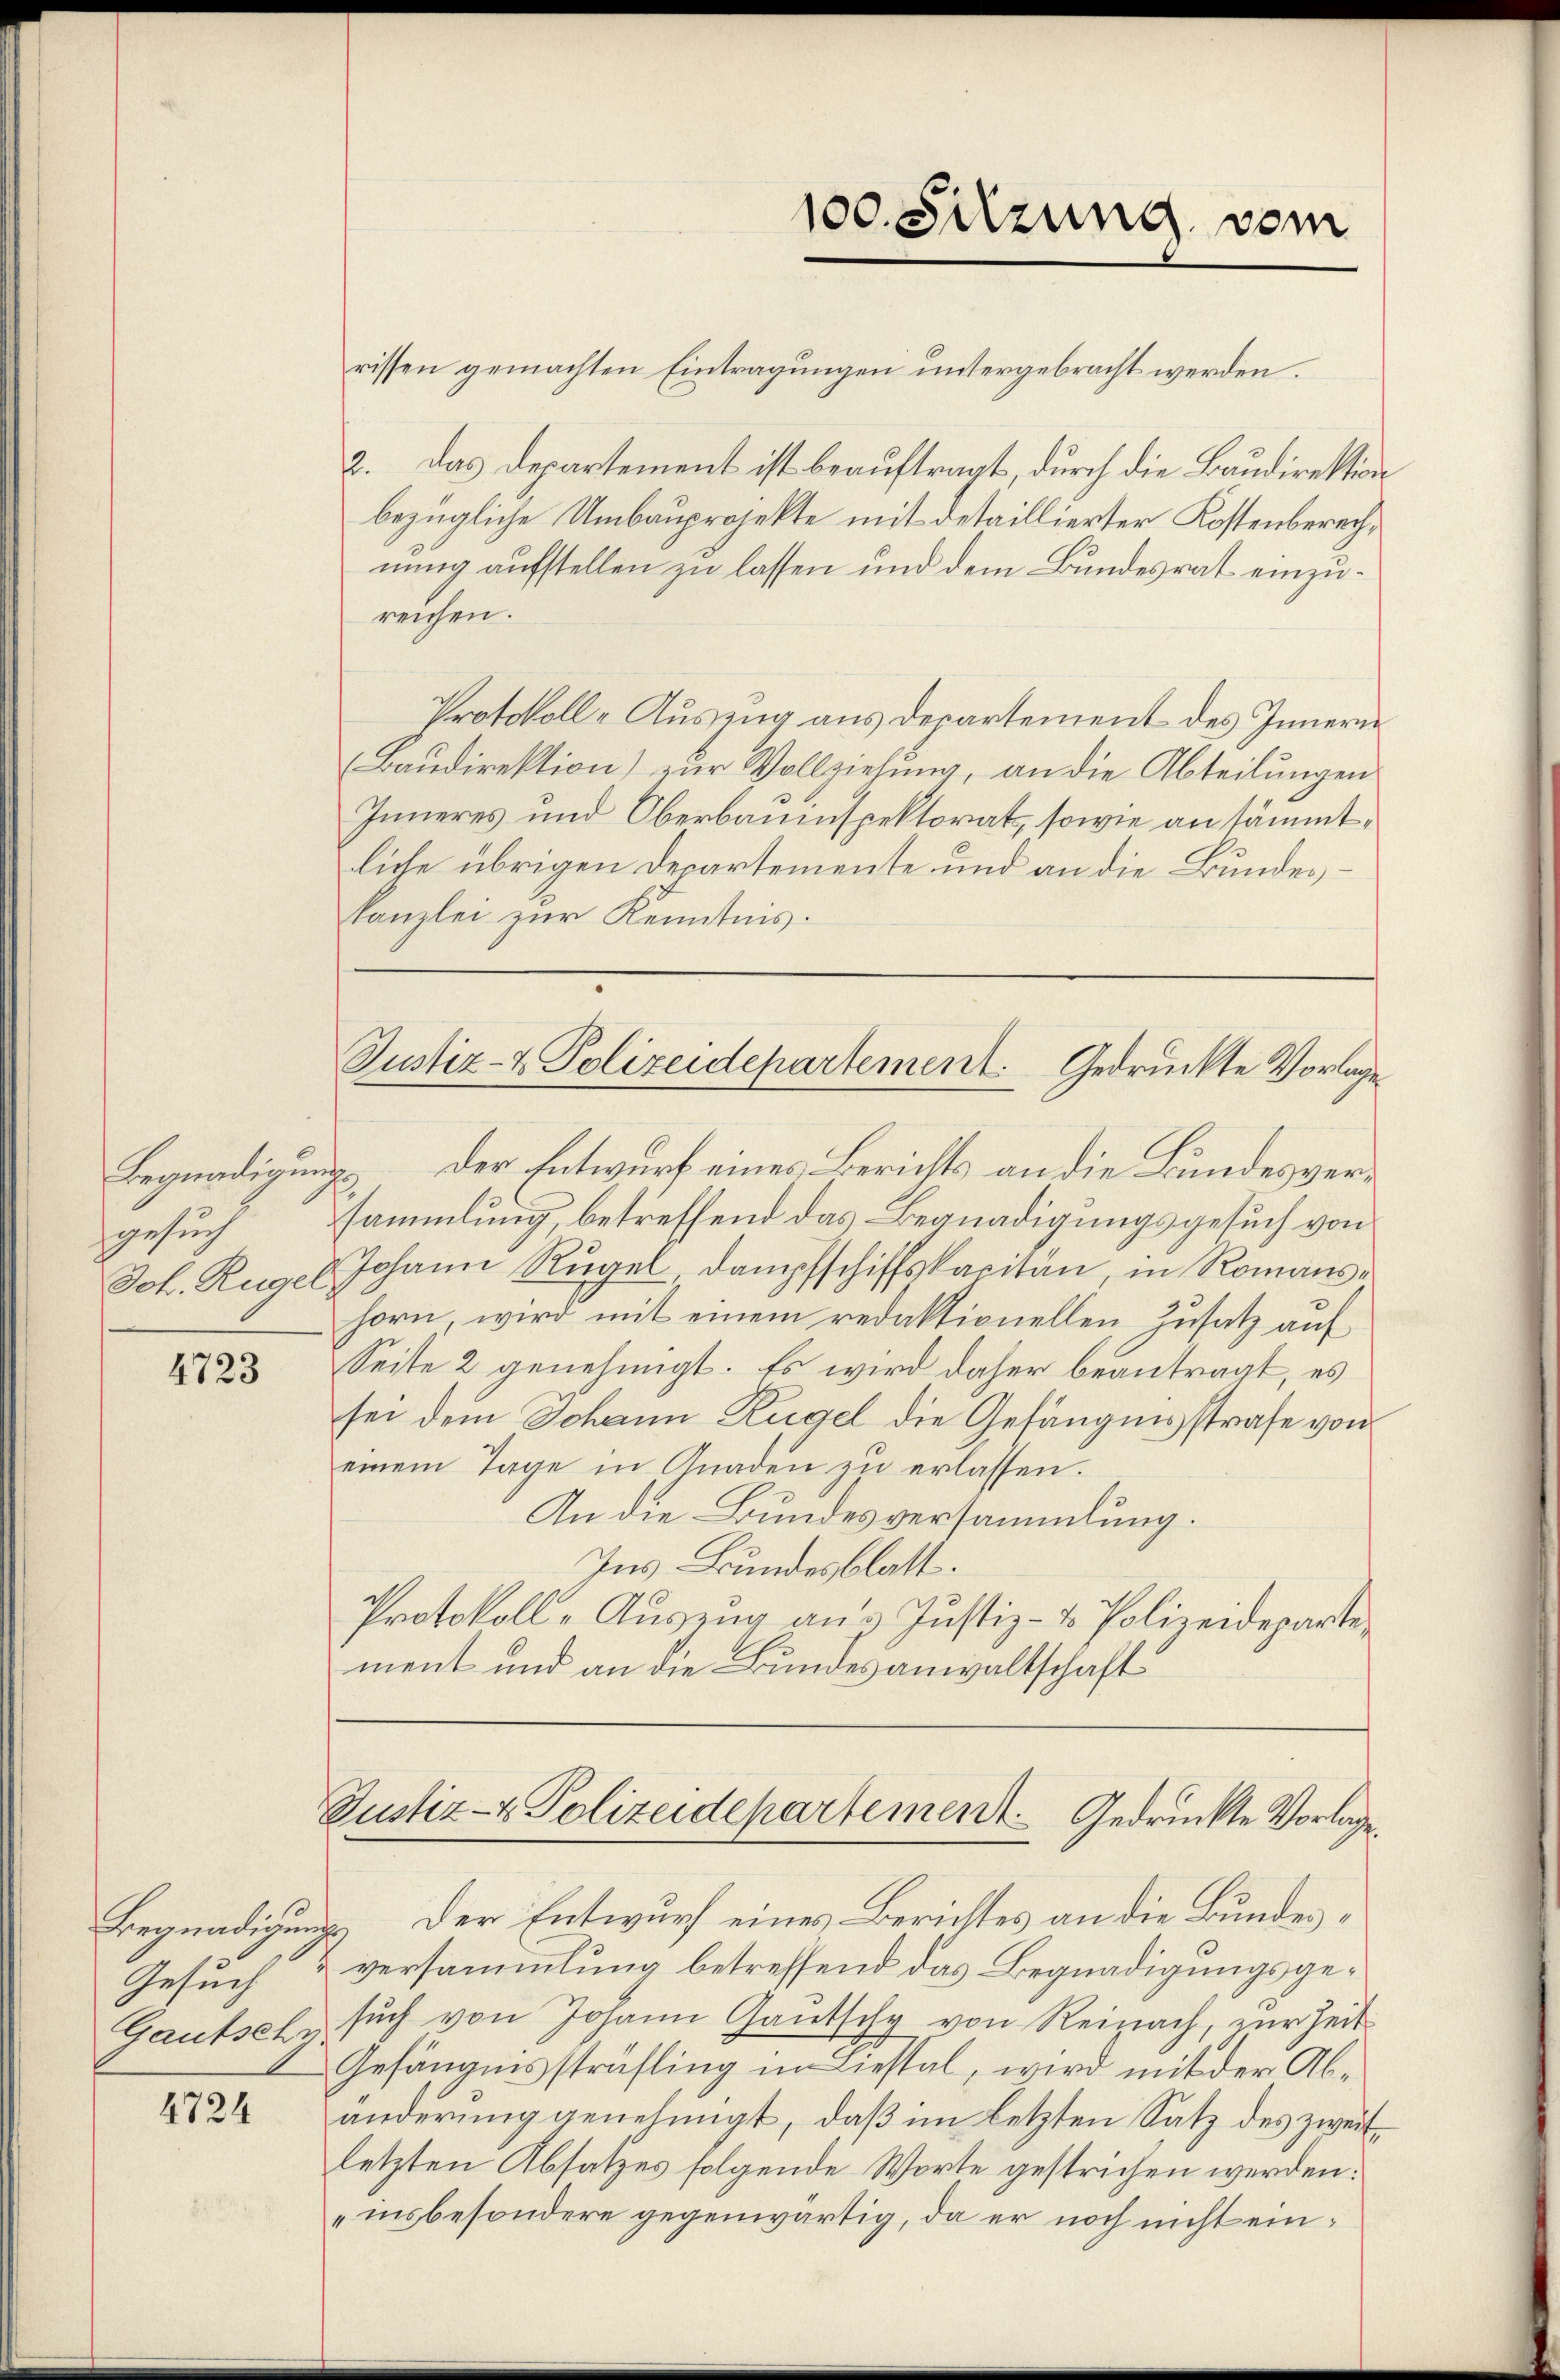
Begnadigungs
sgesuch

4723

Begnadigungs
Gesuch

4724

rissen gemachten Eintragungen untergebracht werden.
2. Das Departement ist beauftragt, durch die Baudirektion
bezügliche Umbauprojekte mit detaillierter Kostenberechnung aufstellen zu lassen und dem Bundesrat einzureichen.
Protokoll-Auszug aus Departement des Innern
Baŭdirektion) zur Vollziehung, an die Abteilŭngen
Inneres und Oberbauinspektorats, sowie an sämmtliche übrigen Departemente und an die Bundes¬
Kanzlei zur Kenntnis.

Der Entwurf eines Berichts an die Bundesversammlung, betreffend das Begnadigungsgesuch von
Joh. Ruger Johann Rügel, Dampfschiffskapitän, in Romanshorn, wird mit einem redaktionellen Zusatz auf
Seite 2 genehmigt. Es wird daher beantragt, es
sei dem Johann Rügel die Gefängnisstrafe von
einem Tage in Gnaden zu erlassen.
An die Bundesversammlung.
Ins Bundesblatt.
Protokoll-Auszug aus Justiz- & Polizeideparte
ment und an die Bundesanwaltschaft

100. Sitzung vom

Justiz- & Polizeidepartement. Gedruckte Vorlage

Justiz- & Polizeidepartement. Gedrückte Vorlage

Der Entwurf eines Berichtes an die Bundes¬
& versammlung betreffend das Begnadigungsge¬
Gautsehr sŭch von Johann Gautschy von Reinach, zur Zeit
Gefängnissträfling in Liestal, wird mit der Abänderung genehmigt, daß im letzten Satz des zweitletzten Absatzes folgende Worte gestrichen werden:
„insbesondere gegenwärtig, da er noch nicht ein¬